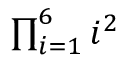
\textstyle \prod _ { i = 1 } ^ { 6 } i ^ { 2 }